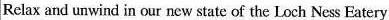
Relax and un wind in our new state of the Loch Ness Eatery.